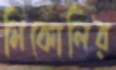
মিকোলির